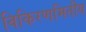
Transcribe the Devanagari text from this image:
विकिरणमितीय